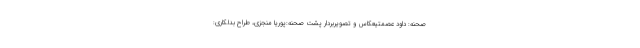
صحنه: داود عصمتیعکاس و تصویربردار پشت صحنه:پوریا منجزی، طراح بدلکاری: